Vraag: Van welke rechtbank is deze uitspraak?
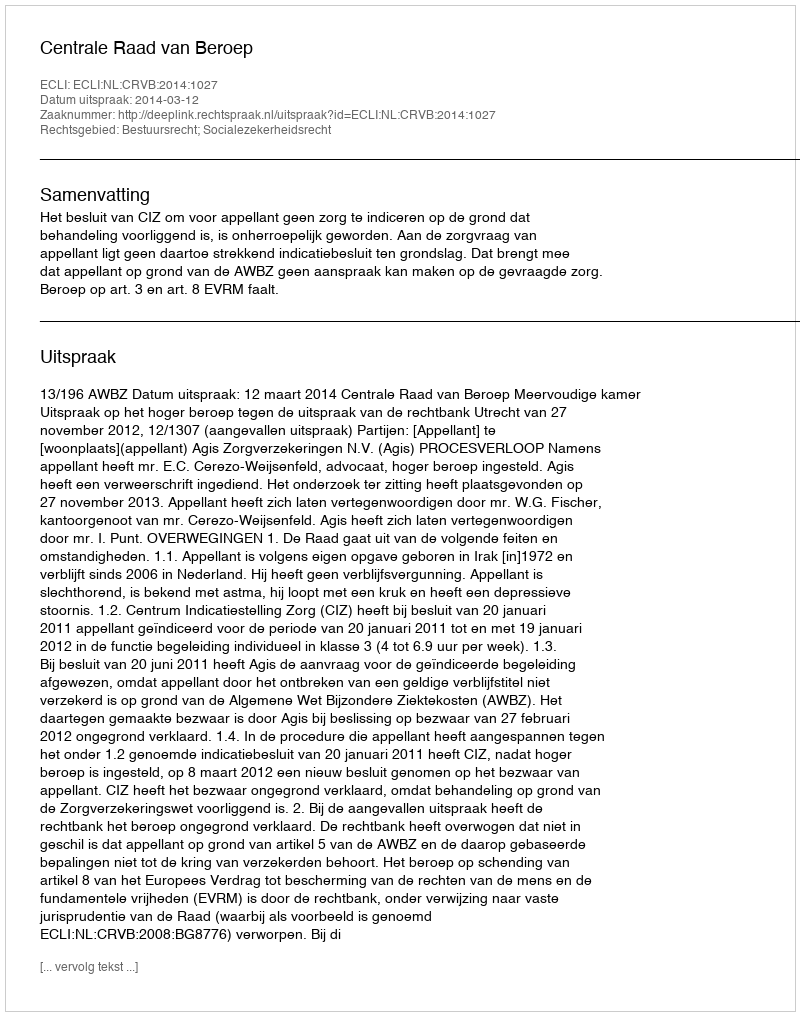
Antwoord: Centrale Raad van Beroep